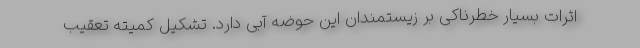
اثرات بسیار خطرناکی بر زیستمندان این حوضه آبی دارد. تشکیل کمیته تعقیب